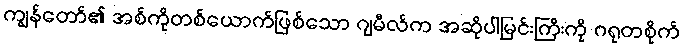
ကျွန်တော်၏ အစ်ကိုတစ်ယောက်ဖြစ်သော ဂျမီလ်က အဆိုပါမြင်းကြီးကို ဂရုတစိုက်